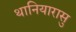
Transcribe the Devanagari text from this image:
थानियारासु